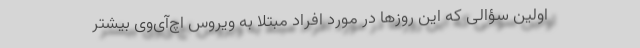
اولین سؤالی که این روزها در مورد افراد مبتلا به ویروس اچ‌آی‌وی بیشتر